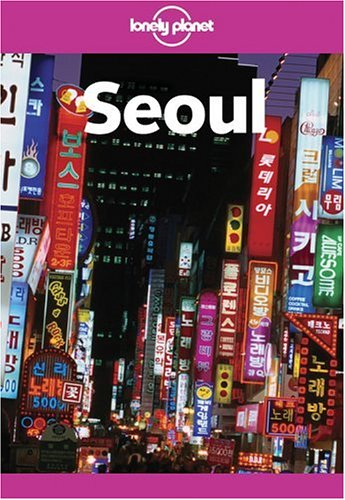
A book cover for Lonely Planet Seoul; Martin Robinson; Travel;